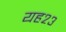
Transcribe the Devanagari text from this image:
यह२३